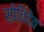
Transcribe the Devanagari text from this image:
सोविदेव